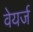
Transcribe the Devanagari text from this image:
वेयर्ज